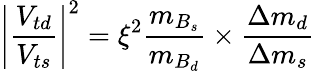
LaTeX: \left|\frac{V_{td}}{V_{ts}}\right|^{2}=\xi^{2}\frac{m_{B_{s}}}{m_{B_{d}}}\times\frac{\Delta m_{d}}{\Delta m_{s}}